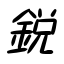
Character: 鋭